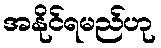
အနိုင်ရမည်ဟု